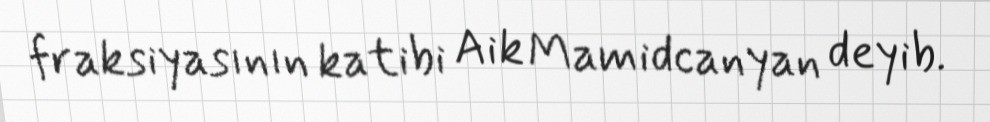
fraksiyasının katibi Aik Mamidcanyan deyib.